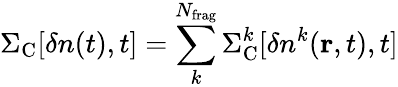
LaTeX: \Sigma_{\mathrm{{C}}}[\delta n(t),t]=\sum_{k}^{N_{\mathrm{frag}}}\Sigma_{\mathrm{{C}}}^{k}[\delta n^{k}({\mathbf r},t),t]